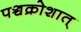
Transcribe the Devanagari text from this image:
पञ्चक्रोशात्